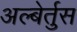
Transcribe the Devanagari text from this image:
अल्बेर्तुस